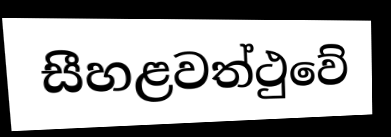
සීහළවත්ථුවේ